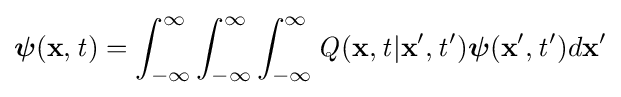
{\boldsymbol {\psi }}(\mathbf {x} ,{\mathit {t}})=\int _{-\infty }^{\infty }\int _{-\infty }^{\infty }\int _{-\infty }^{\infty }{\mathit {Q}}(\mathbf {x} ,{\mathit {t}}|\mathbf {x} ',{\mathit {t}}'){\boldsymbol {\psi }}(\mathbf {x} ',{\mathit {t}}')d\mathbf {x} '